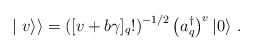
\begin{align*}\mid{v}\rangle\rangle=\left([v+b\gamma ]_q!\right)^{-1/2}\left(a_q^\dagger\right)^v\vert 0\rangle~.\end{align*}